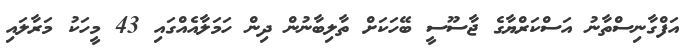
އަފްގާނިސްތާނު އަސްކަރްޔާގެ ޖާސޫސީ ބޭހަކަށް ތާލިބާނުން ދިން ހަމަލާއެއްގައި 43 މީހަކު މަރާލައި